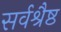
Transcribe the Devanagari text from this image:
सर्वश्रैष्ठ